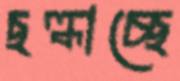
ছল্‌কাচ্ছে